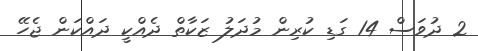
2 ދުވަސް 14 ގަޑި ކުރިން މުދަލު ޒަކާތް ދެއްކީ ދައްކަން ޖެހޭ